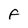
Character: F